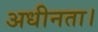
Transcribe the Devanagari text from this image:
अधीनता।